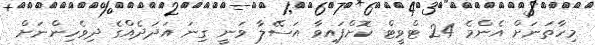
މިހާތަނަށް އެންމެ 24 ޓްވީޓް ކޮށްފައިވާ އަސޭލާ ވަނީ ގިނަ އަދަދެއްގެ ދިވެހިންނަށް